Calcutta medical institutions reports 1892-1900
Year: 1892
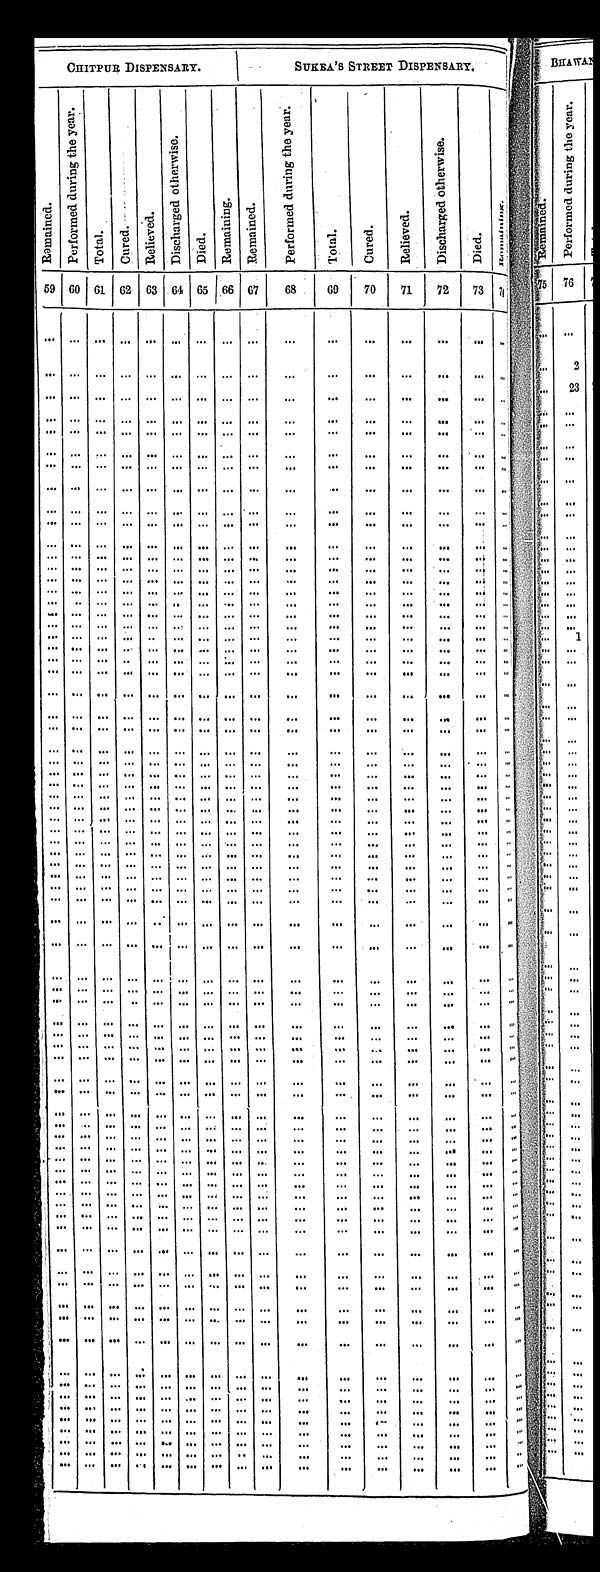
CHI TPUR DI SPENSARY.
SUKEA'S STREET DISPENSARY.
R e m a i n e d .
P e r f o r m e d d u r i n g t h e y e a r .
T o t a l .
C u r e d .
R e l i e v e d .
D i s c h a r g e d o t h e r w i s e .
D i e d .
R e m a i n i n g . R e m a i n e d .
P e r f o r m e d d u r i n g t h e y e a r .
T o t a l . C u r e d .
R e l i e v e d .
D i s c h a r g e d o t h e r w i s e .
D i e d .
R e m a i n i n g .
59 60 61 62 6 3 64 65 66 67 68 69 70 71 72 73
7 4